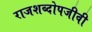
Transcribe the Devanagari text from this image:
राजशब्दोपजीवी